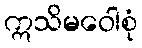
ဣသိမဝေါစုံ